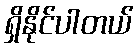
ရှိနိုင်ပါတယ်